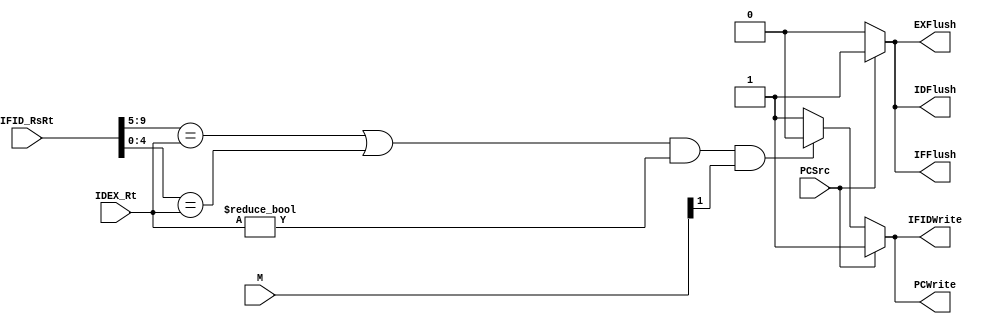
//Subject:     CO project 2 - Sign extend
//--------------------------------------------------------------------------------
//Version:     1
//--------------------------------------------------------------------------------
//Writer:    0511105   
//----------------------------------------------
//----------------------------------------------
//Description: 
//--------------------------------------------------------------------------------

module Hazard_Detection_Unit(
    IFID_RsRt, //10
    IDEX_Rt, //5
    M, //3
    PCSrc,///???1
    
    IDFlush, //
    EXFlush, //
    IFFlush, //
    PCWrite, //
    IFIDWrite
);
               
//I/O ports
input   [10-1:0] IFID_RsRt;
input   [5-1:0]   IDEX_Rt;
input   [3-1:0]   M;
input   PCSrc;

output reg IDFlush;
output reg EXFlush;
output reg IFFlush;
output reg PCWrite;
output reg IFIDWrite;

always@(IFID_RsRt, IDEX_Rt, M, PCSrc) begin
//$display("lala%b\n%b\n%b\n%b\n",IFID_RsRt, IDEX_Rt, M, PCSrc);
    if(PCSrc)begin
            IDFlush <= 1;
            EXFlush <= 1;
            IFFlush <= 1;
            PCWrite <= 1; // 1 is no stall
            IFIDWrite <=1;
    end

    else  if((IFID_RsRt[9:5] == IDEX_Rt || IFID_RsRt[4:0] == IDEX_Rt) &&  IDEX_Rt != 0 && M[1]) begin
           //$display("flush   lala%b\n%b\n%b\n%b\n",IFID_RsRt, IDEX_Rt, M, PCSrc);
           //$display("flush");
            IDFlush <= 0;
            EXFlush <= 0;
            IFFlush <= 0;
            PCWrite <= 0;
            IFIDWrite <=0;
        end
    else begin
           //$display("no flush");
            IDFlush <= 0;
            EXFlush <= 0;
            IFFlush <= 0;
            PCWrite <= 1;
            IFIDWrite <=1;
            //$display("IDEXIFPC ,%b, %b, %b, %b", IDFlush, EXFlush, IFFlush, PCWrite );
       end

end     
endmodule